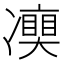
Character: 𠘘